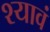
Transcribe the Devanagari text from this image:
श्यावं